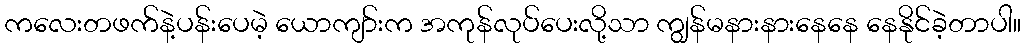
ကလေးတဖက်နဲ့ပန်းပေမဲ့ ယောကျာ်းက အကုန်လုပ်ပေးလို့သာ ကျွန်မနားနားနေနေ နေနိုင်ခဲ့တာပါ။